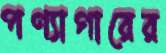
পণ্যাগারের